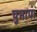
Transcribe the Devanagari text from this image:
पुनापा